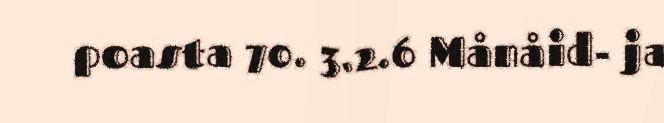
poasta 70. 3.2.6 Månåid- ja